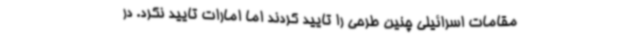
مقامات اسرائیلی چنین طرحی را تایید کردند اما امارات تایید نکرد. در